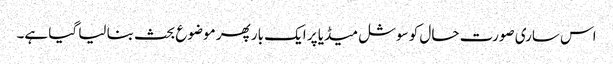
اس ساری صورت حال کو سوشل میڈیا پر ایک بار پھر موضوع بحث بنا لیا گیا ہے۔